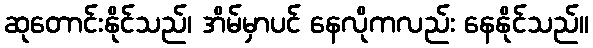
ဆုတောင်းနိုင်သည်၊ အိမ်မှာပင် နေလိုကလည်း နေနိုင်သည်။